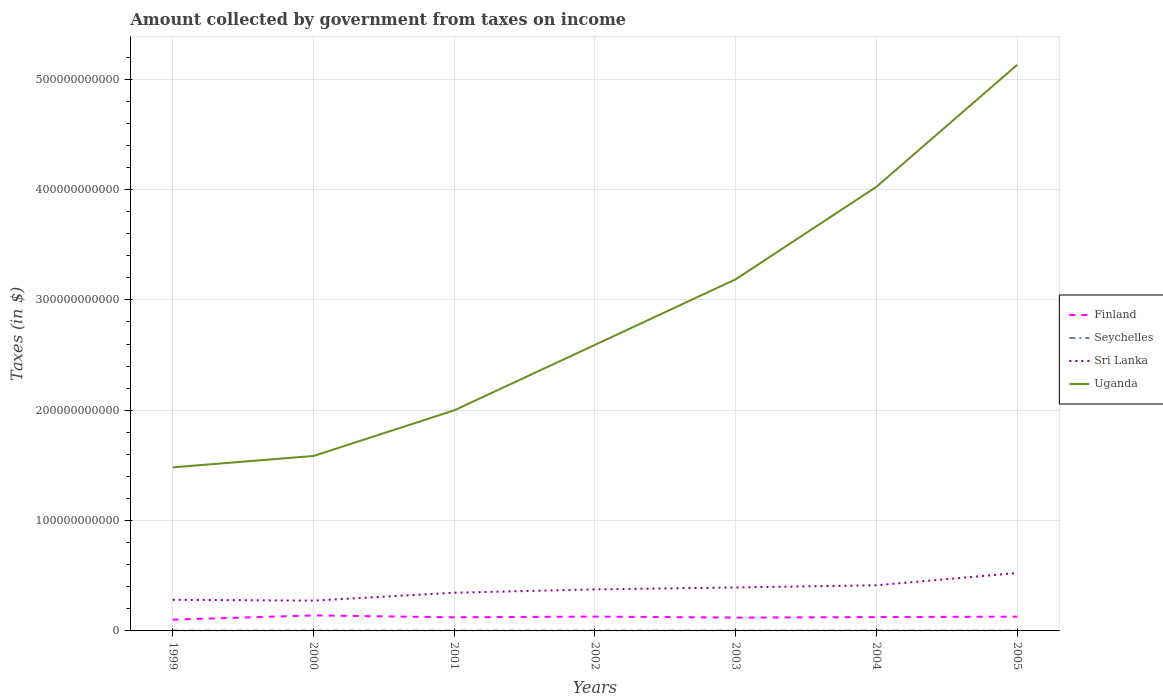
| Years | Finland | Seychelles | Sri Lanka | Uganda |
 | --- | --- | --- | --- | --- |
 | 1999 | 1.02e+10 | 2.23e+08 | 2.82e+10 | 1.48e+11 |
 | 2000 | 1.41e+10 | 2.44e+08 | 2.75e+10 | 1.59e+11 |
 | 2001 | 1.23e+10 | 2.28e+08 | 3.46e+10 | 2e+11 |
 | 2002 | 1.3e+10 | 2.53e+08 | 3.76e+10 | 2.59e+11 |
 | 2003 | 1.21e+10 | 2.77e+08 | 3.94e+10 | 3.19e+11 |
 | 2004 | 1.25e+10 | 2.98e+08 | 4.14e+10 | 4.02e+11 |
 | 2005 | 1.29e+10 | 2.79e+08 | 5.25e+10 | 5.13e+11 |